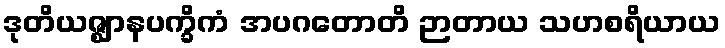
ဒုတိယဇ္ဈာနပက္ခိကံ အပဂတောတိ ဉာတာယ သဟစရိယာယ